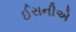
ઈરાનીએ